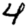
Digit: 4